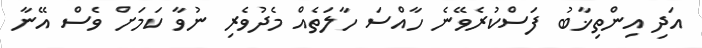
އަދި އިންތިޚާބު ފަސްކުރެވޭނެ ހާއްސަ ހާލަތެއް މެދުވެރި ނުވާ ކަމަށް ވެސް އޭނާ